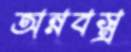
অন্নবস্ত্র